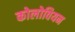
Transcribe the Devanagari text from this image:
कोलोवियन